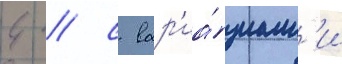
4 / с вар'иа́циам'и